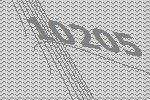
10205